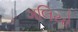
ગલિયો